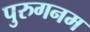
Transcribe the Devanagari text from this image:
पुरुगनम